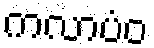
ကလာပံဝ